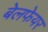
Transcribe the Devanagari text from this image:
बेलफेयर